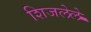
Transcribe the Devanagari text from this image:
शिजलेले